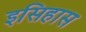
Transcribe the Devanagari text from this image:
इसिहास